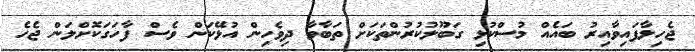
ޖެހިލާފައިވާއިރު ބައެއް މުސްކުޅި ގަބޫލުކުރުންތަކަށް ތަބާވާ ދިވެހިން އުޅޭކަން ވެސް ފާހަގަކޮށްލަން ޖެހެ